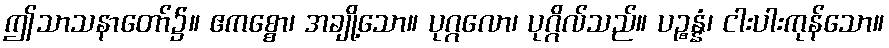
ဤသာသနာတော်၌။ ဧကစ္စော၊ အချို့သော။ ပုဂ္ဂလော၊ ပုဂ္ဂိလ်သည်။ ပဉ္စန္နံ၊ ငါးပါးကုန်သော။